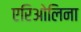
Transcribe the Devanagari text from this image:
एरिओलिना